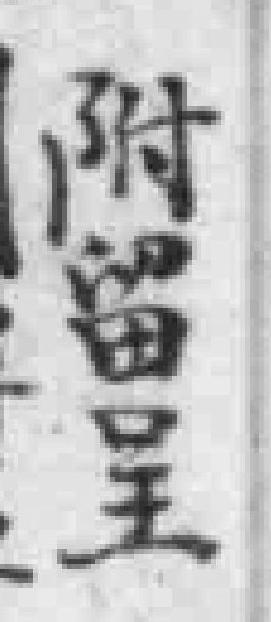
附留呈